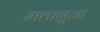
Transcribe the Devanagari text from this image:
मतानुज्ञा